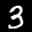
Label: 3